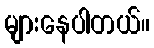
များနေပါတယ်။